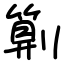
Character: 㔍